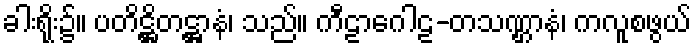
ခါးရိုး၌။ ပတိဋ္ဌိတဋ္ဌာနံ၊ သည်။ ကီဠာဂေါဠ-တသဏ္ဌာနံ၊ ကလူစဖွယ်